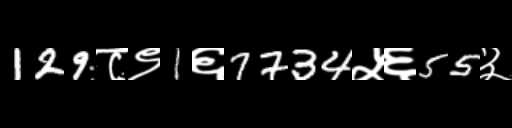
Text: 129८९1६7734५६55३